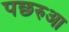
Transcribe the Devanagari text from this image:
पछरुआ